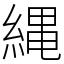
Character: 縄